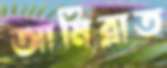
আমিরাত